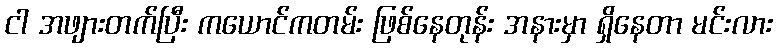
ငါ အဖျားတက်ပြီး ကယောင်ကတမ်း ဖြစ်နေတုန်း အနားမှာ ရှိနေတာ မင်းလား